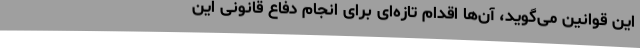
این قوانین می‌گوید، آن‌ها اقدام تازه‌ای برای انجام دفاع قانونی این